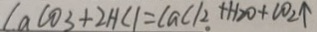
c a \cos 3 + 2 H c 1 = c a c 1 2 + H 2 0 + c 0 2 \uparrow